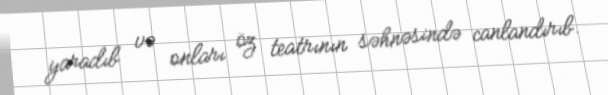
yaradıb və onları öz teatrının səhnəsində canlandırıb.